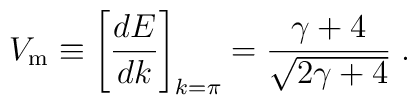
V_{\rm m} \equiv \left[{dE \over dk}\right]_{k=\pi} =  {\gamma + 4\over \sqrt{2\gamma + 4}}     \;.